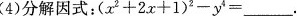
(4)分解因式：$$ ( x ^{ 2 } + 2 x + 1 ) - y ^ { 4 } = ___$$ .